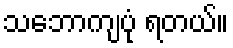
သဘောကျပုံ ရတယ်။